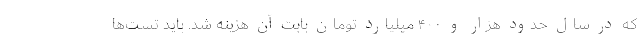
که در سال حدود هزار و ۴۰۰ میلیارد تومان بابت آن هزینه شد. باید تست‌ها